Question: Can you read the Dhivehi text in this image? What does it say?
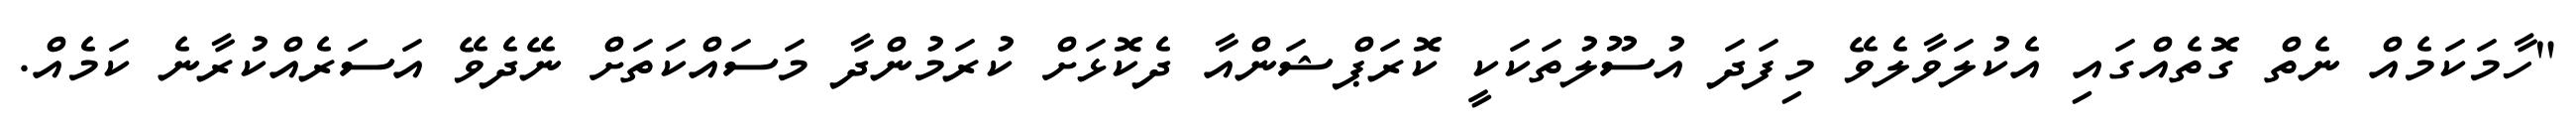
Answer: "ހާމަކަމެއް ނެތް ގޮތެއްގައި އެކުލަވާލެވޭ މިފަދަ އުސޫލުތަކަކީ ކޮރަޕްޝަންއާ ދެކޮޅަށް ކުރަމުންދާ މަސައްކަތަށް ނޭދެވޭ އަސަރެއްކުރާނެ ކަމެއް.